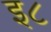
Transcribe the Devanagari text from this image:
इ८